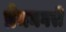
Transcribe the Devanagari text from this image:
प्रेमनगरी